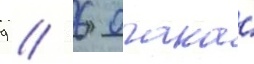
9 / 6 очка́